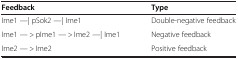
<table><thead><tr><td><b>Feedback</b></td><td><b>Type</b></td></tr></thead><tbody><tr><td>Ime1 —| pSok2 —| Ime1</td><td>Double-negative feedback</td></tr><tr><td>Ime1 — &gt; pIme1 — &gt; Ime2 —| Ime1</td><td>Negative feedback</td></tr><tr><td>Ime2 — &gt; Ime2</td><td>Positive feedback</td></tr></tbody></table>